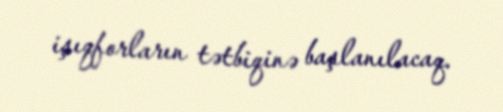
işıqforların tətbiqinə başlanılacaq.